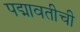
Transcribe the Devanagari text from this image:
पद्मावतीची